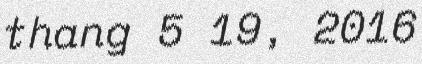
thang 5 19, 2016